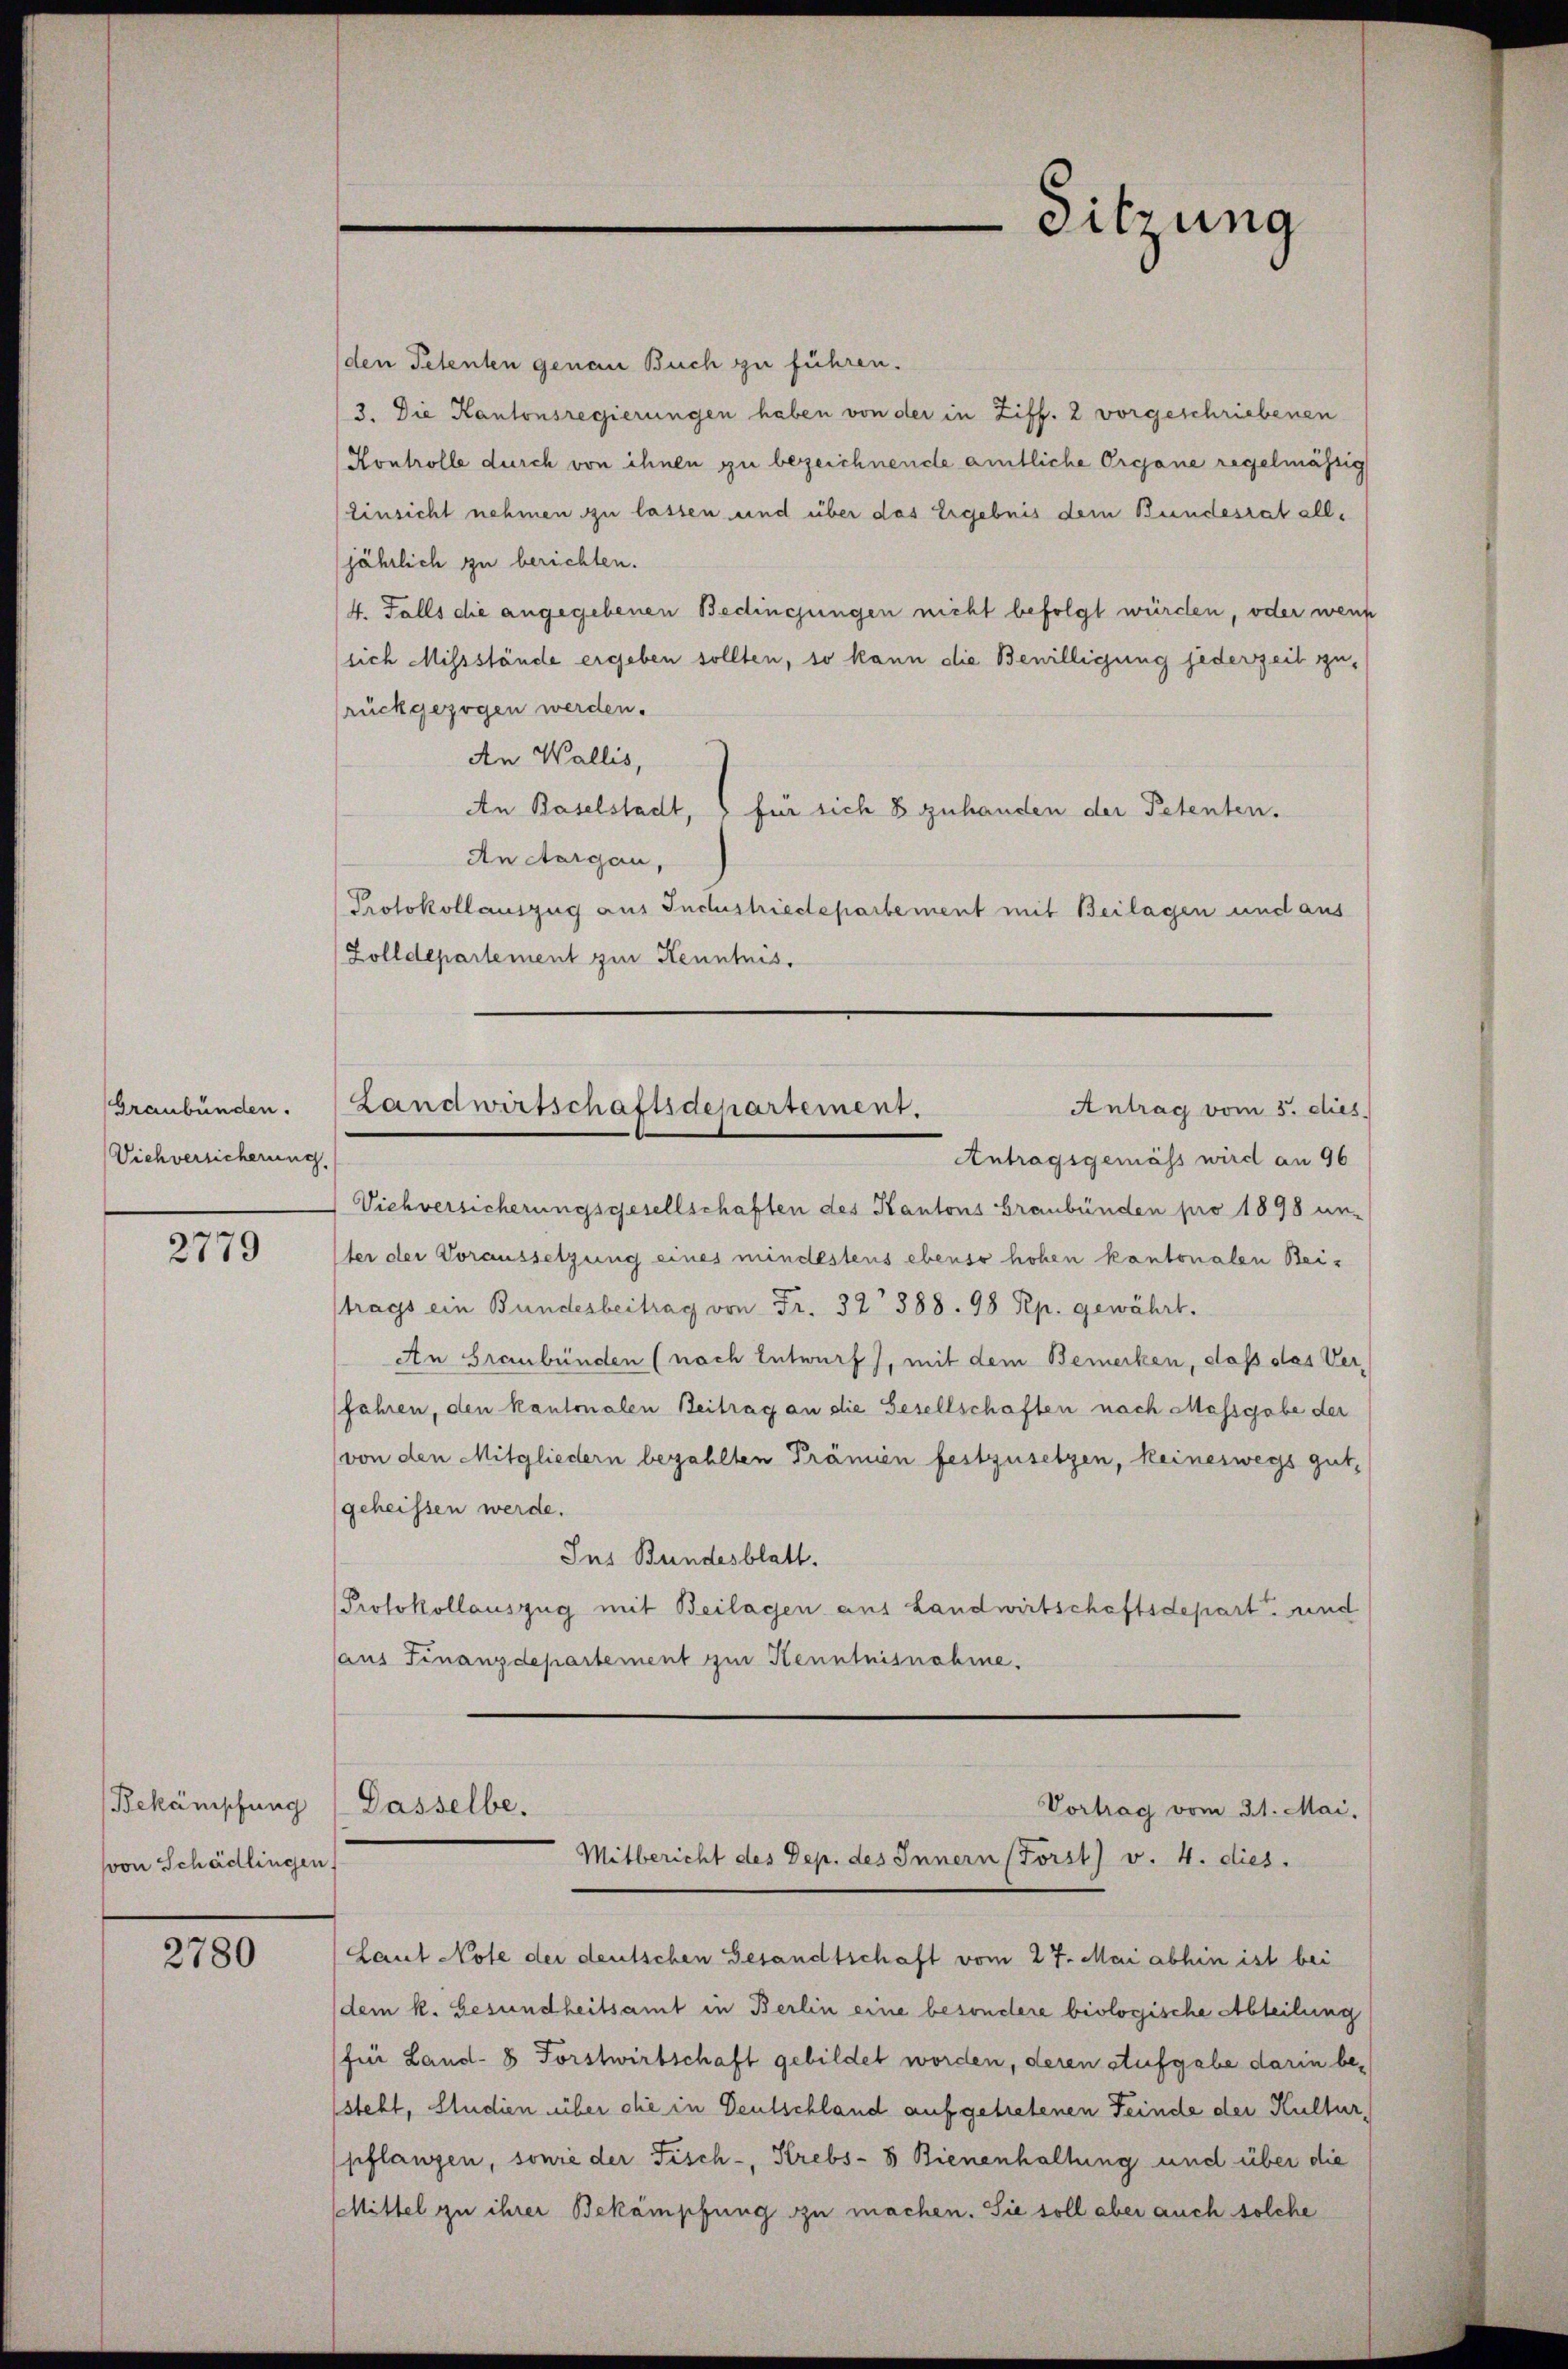
Graubünden.
Viehversicherung.

2779

Bekämischung
von Schädlingen

2780

den Petenten genau Buch zu führen.
3. Die Kantonsregierungen haben von der in Ziff. 2 vorgeschriebenen
Kontrolle durch von ihnen zu bezeichnende amtliche Organe regelmässig
(Einsicht nehmen zu lassen und über das Ergebnis dem Bundesrat alljährlich zu berichten.
4. Falls die angegebenen Bedingungen nicht befolgt würden, oder wenn
(sich Missstände ergeben sollten, so kann die Bewilligung jederzeit zurückgezogen werden.
An Wallis,
An Baselstadt, für sich 8 zuhanden der Petenten.
An Aargau,
Protokollauszug aus Indushiedepartement mit Beilagen und aus
Zolldepartement zur Kenntnis.

Landwirtschaftsdepartement,
Antrag vom 5. dies
Antragsgemäss wird an 96

Sitzung

Viehversicherungsgesellschaften des Kantons Graubünden pro 1898 un-
ter der Voraussetzung eines mindestens ebenso hohen kantonalen Beitrags ein Bundesbeitrag von Fr. 32 388. 98 Rp. gewährt.
An Graubünden (nach Entwurf), mit dem Bemerken, daß das Verfahren, den kantonalen Beitrag an die Gesellschaften nach Massgabe der
von den Mitgliedern bezahlten Prämien festzusetzen, keineswegs gut,
geheissen werde.
Ins Bundesblatt.
Protokollauszug mit Beilagen aus Landwirtschaftsdepart und
aus Finanzdepartement zur Kenntnisnahme.

Dasselbe.
Vortrag vom 31. Mai,
Mitbericht des Dep. des Innern (Forst v. 4. dies

Laut Note der deutschen Gesandtschaft vom 27. Mai abhin ist bei
dem k. Gesundheitsamt in Berlin eine besondere biologische Abteilung
für Land- 8 Forstwirtschaft gebildet worden, deren Aufgabe darin besteht, Studien über ehe in Deutschland aufgetretenen Feinde der Kultur,
pflanzen, sowie der Fisch-, Krebs-8 Bienenhaltung und über die
Mittel zu ihrer Bekämpfung zu machen. Sie soll aber auch solche